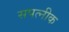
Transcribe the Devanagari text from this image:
सपत्‍नीक